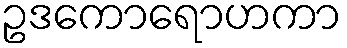
ဥဒကောရောဟကာ